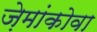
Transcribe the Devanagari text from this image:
ज़ेमांकोवा